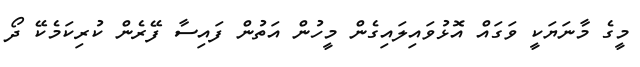
މީގެ މާނަޔަކީ ވަގައް އޮޅުވައިލައިގެން މީހުން އަތުން ފައިސާ ފޭރެން ކުރިކަމެކޭ ދޯ